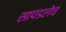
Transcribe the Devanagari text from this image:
सापडलेच